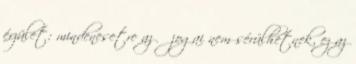
érzület: mindenesetre az Ő jogai nem sérülhetnek, ez az